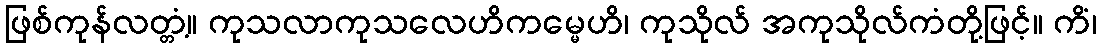
ဖြစ်ကုန်လတ္တံ့။ ကုသလာကုသလေဟိကမ္မေဟိ၊ ကုသိုလ် အကုသိုလ်ကံတို့ဖြင့်။ ကိံ၊